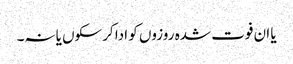
یا ان فوت شدہ روزوں کو ادا کرسکوں یانہ۔